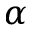
\alpha